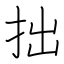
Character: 拙